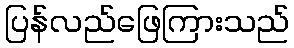
ပြန်လည်ဖြေကြားသည်